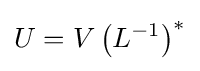
U=V\left(L^{-1}\right)^{*}